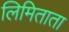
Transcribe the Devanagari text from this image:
लिमिताता